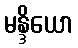
မန္ဒိယော